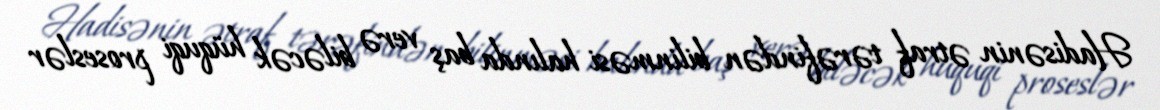
Hadisənin ətraf tərəfindən bilinməsi halında baş verə biləcək hüquqi proseslər